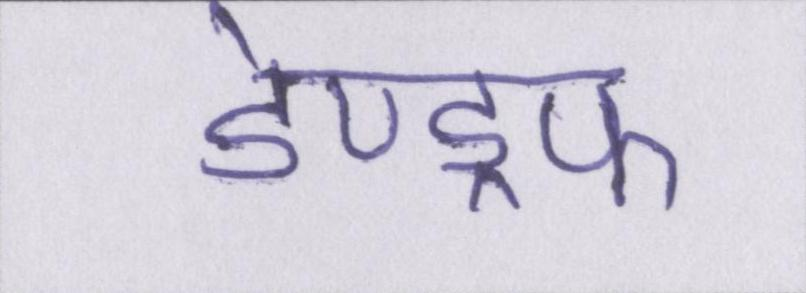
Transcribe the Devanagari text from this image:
डेण्ड्रफ